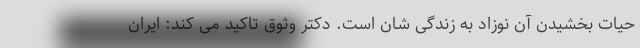
حیات بخشیدن آن نوزاد به زندگی شان است. دکتر وثوق تاکید می کند: ایران